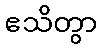
ဧသိတွာ